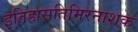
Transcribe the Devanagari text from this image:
इतिहासतिमिरनाशक